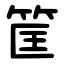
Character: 筐